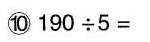
⑩190\div5=